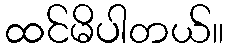
ထင်မိပါတယ်။